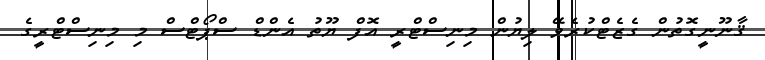
ޤާނޫނީގޮތުން ގެޒެޓްކުރެވޭ ލިޔުން މިނިސްޓްރީ އޮފް ޔޫތު އެންޑް ސްޕޯޓްސް މި މިނިސްޓްރީގެ